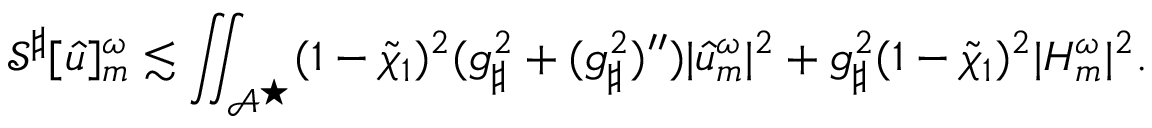
\mathcal { S } ^ { \sharp } [ { \widehat { u } } ] _ { m } ^ { \omega } \lesssim \iint _ { \mathcal { A } ^ { \star } } ( 1 - \widetilde { \chi } _ { 1 } ) ^ { 2 } ( g _ { \sharp } ^ { 2 } + ( g _ { \sharp } ^ { 2 } ) ^ { \prime \prime } ) | { \widehat { u } } _ { m } ^ { \omega } | ^ { 2 } + g _ { \sharp } ^ { 2 } ( 1 - \widetilde { \chi } _ { 1 } ) ^ { 2 } | H _ { m } ^ { \omega } | ^ { 2 } .